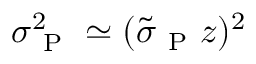
\sigma _ { \mathrm { ~ P ~ } } ^ { 2 } \simeq ( \tilde { \sigma } _ { \mathrm { ~ P ~ } } z ) ^ { 2 }